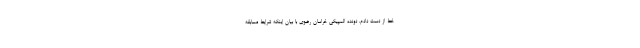
خط از دست دادم. دونده المپیکی خراسان رضوی با بیان اینکه شرایط مسابقه